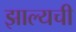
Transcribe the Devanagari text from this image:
झाल्यची